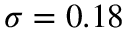
\sigma = 0 . 1 8